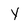
Character: y